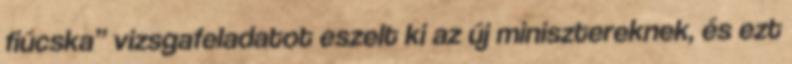
fiúcska” vizs­gafeladatot eszelt ki az új miniszterek­nek, és ezt